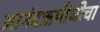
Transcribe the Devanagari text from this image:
आनंदऋषीजीचा